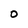
Character: O